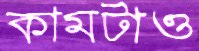
কামটাও